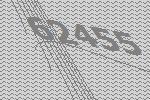
62455